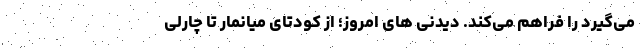
می‌گیرد را فراهم می‌کند. دیدنی های امروز؛ از کودتای میانمار تا چارلی